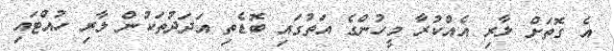
އެ ގޮތަށް ލާރި އެއްކުރާ މީހުންގެ އަތުގައި ބޮޑެތި އަދަދުތަކުން ލާރި ހުއްޓައި